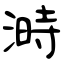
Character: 溡